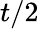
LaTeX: t/2